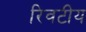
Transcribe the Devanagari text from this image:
रिवटीय